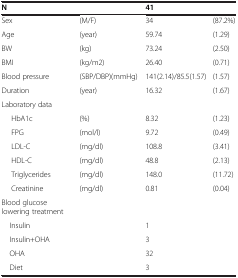
| N |  | 41 |  |
 | --- | --- | --- | --- |
 | Sex | (M/F) | 34 | (87.2%) |
 | Age | (year) | 59.74 | (1.29) |
 | BW | (kg) | 73.24 | (2.50) |
 | BMI | (kg/m2) | 26.40 | (0.71) |
 | Blood pressure | (SBP/DBP)(mmHg) | 141(2.14)/85.5(1.57) | (1.57) |
 | Duration | (year) | 16.32 | (1.67) |
 | Laboratory data |  |  |  |
 | HbA1c | (%) | 8.32 | (1.23) |
 | FPG | (mol/l) | 9.72 | (0.49) |
 | LDL-C | (mg/dl) | 108.8 | (3.41) |
 | HDL-C | (mg/dl) | 48.8 | (2.13) |
 | Triglycerides | (mg/dl) | 148.0 | (11.72) |
 | Creatinine | (mg/dl) | 0.81 | (0.04) |
 | Blood glucose lowering treatment |  |  |  |
 | Insulin |  | 1 |  |
 | Insulin+OHA |  | 3 |  |
 | OHA |  | 32 |  |
 | Diet |  | 3 |  |